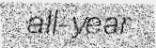
all-year